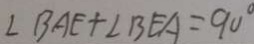
\angle B A E + \angle B E A = 9 0 ^ { \circ }